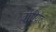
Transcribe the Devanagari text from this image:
दोरियेंट